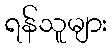
ရန်သူများ